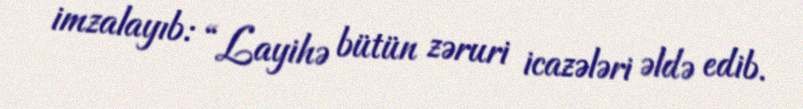
imzalayıb: “Layihə bütün zəruri icazələri əldə edib.